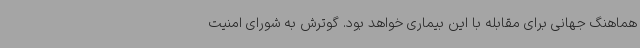
هماهنگ جهانی برای مقابله با این بیماری خواهد بود. گوترش به شورای امنیت